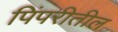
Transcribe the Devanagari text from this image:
पिंपरीतील